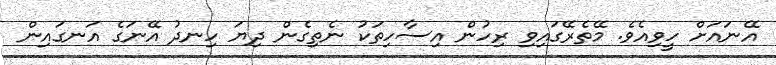
އޭނައަށް ހީވިއެވެ. މޭތެރޭގައިވި ރިހުން އިސާހިތަކު ނެތިގެން ދިޔަ ހިނދު އޭނަގެ އަނގައިން